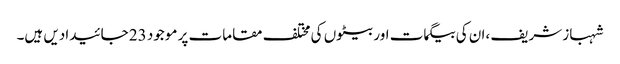
شہباز شریف ،ان کی بیگمات اور بیٹوں کی مختلف مقامات پر موجود 23 جائیدادیں ہیں۔